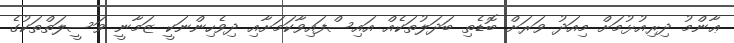
ޢާންމު ދިރިއުޅުމަށް މިއަދު ވަރަށް ބޮޑެތި ބަދަލުތަކެއް އައިސްފައިވާކަމަށާއި ދިވެހިންނަކީ ޒަމާނީ ވަސީލަތްތަކުގެ